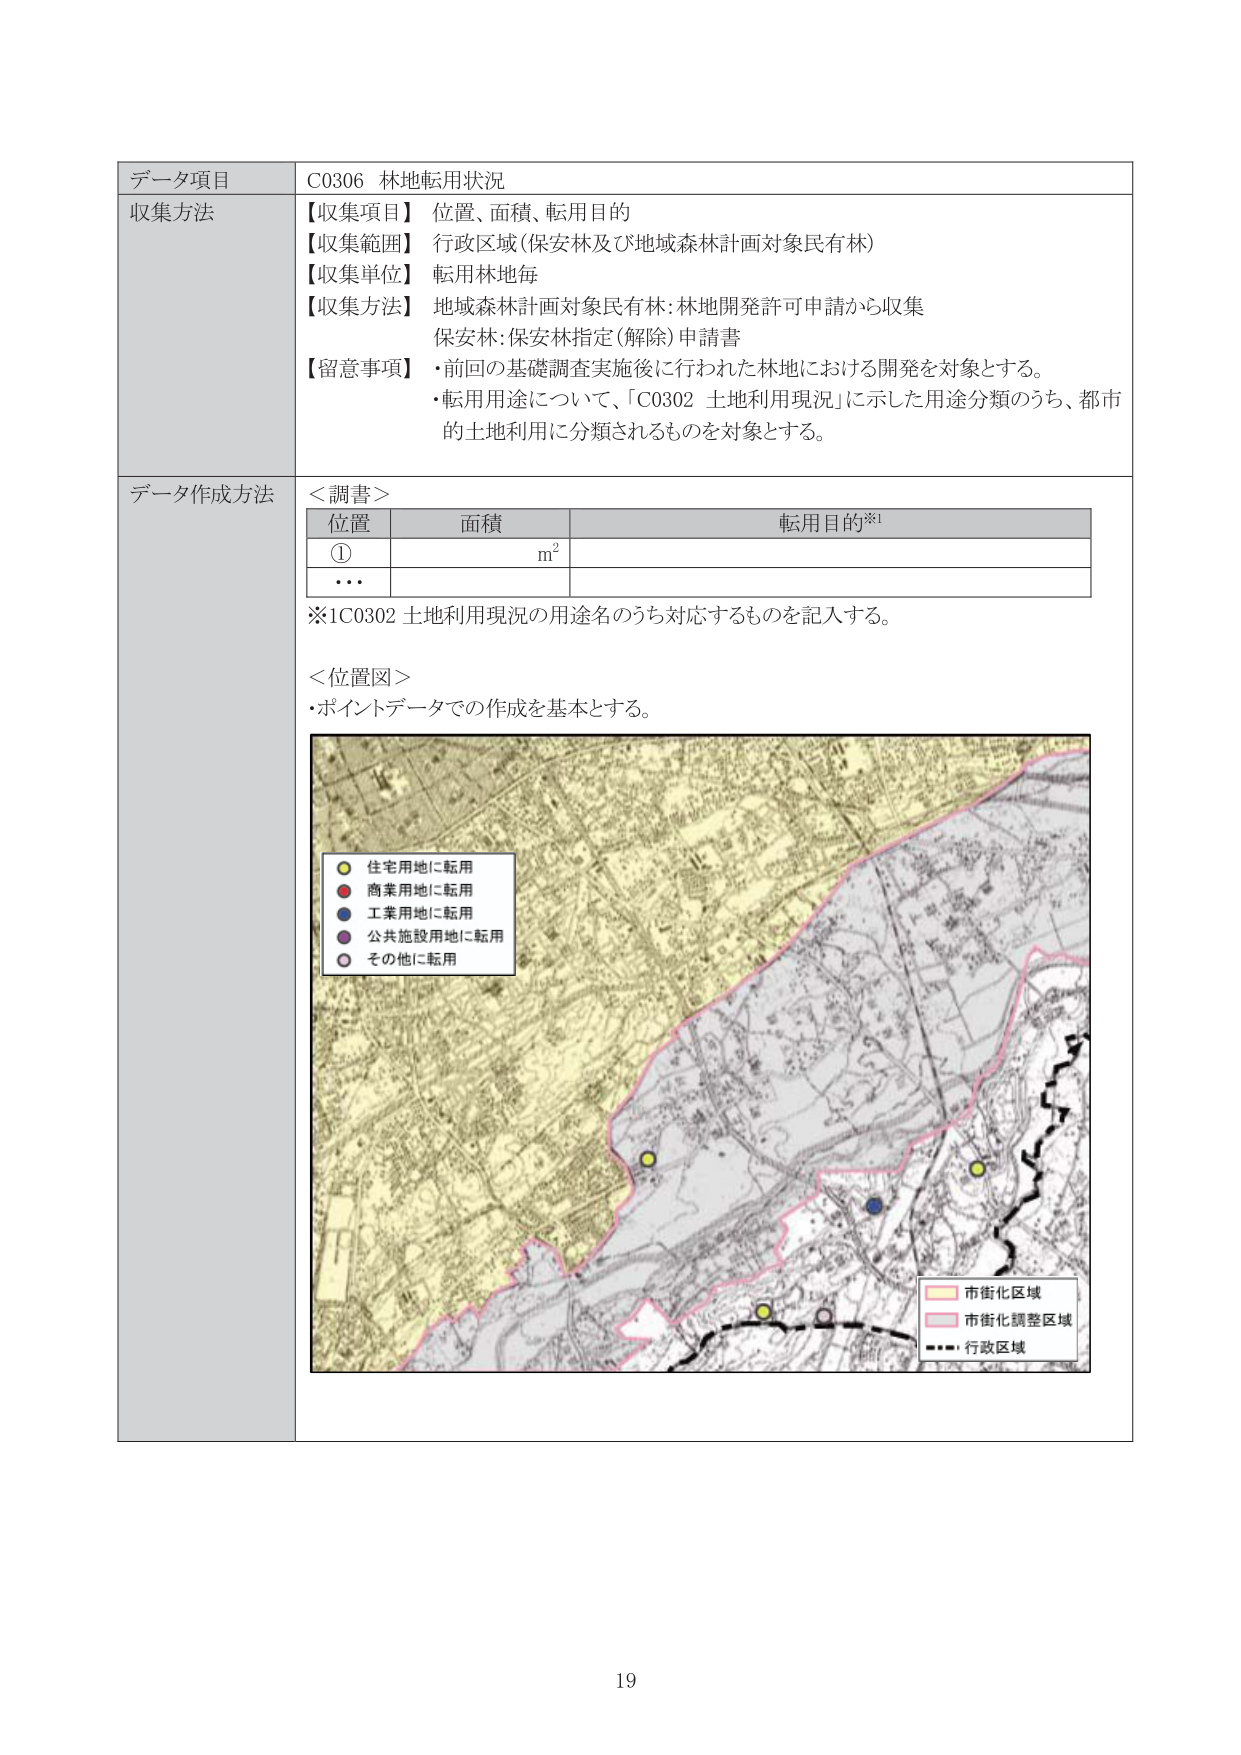
データ項目 C0306 林地転用状況
収集方法
【収集項目】 位置、面積、転用目的
【収集範囲】 行政区域（保安林及び地域森林計画対象民有林）
【収集単位】 転用林地毎
【収集方法】 地域森林計画対象民有林：林地開発許可申請から収集
　　　　　　保安林：保安林指定（解除）申請書
【留意事項】 ・前回の基礎調査実施後に行われた林地における開発を対象とする。
　　　　　　・転用用途について、「C0302 土地利用現況」に示した用途分類のうち、都市
　　　　　　　の土地利用に分類されるものを対象とする。

データ作成方法
＜調書＞
位置　　　　　面積　　　　　転用目的※1
①　　　　　　　m²
・・・

※1 C0302 土地利用現況の用途名のうち対応するものを記入する。

＜位置図＞
・ポイントデータでの作成を基本とする。

（図の凡例）
● 住宅用地に転用
● 商業用地に転用
● 工業用地に転用
● 公共施設用地に転用
● その他に転用

（図の凡例）
■ 市街化区域
■ 市街化調整区域
■ 行政区域

19